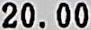
20.00